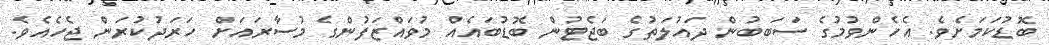
ބޮޑުކަމަށެވެ. އެހެންވުމުގެ ސަބަބުން ދައުލަތުގެ ބަޖެޓުން ބޮޑުބައެއް މުވައްޒަފުންގެ މުސާރައަށް ހަރަދުކުރަން ޖެހެއެވެ.